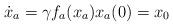
LaTeX: \begin{align*}\dot{x}_a = \gamma f_a(x_a)x_a(0) = x_0\end{align*}